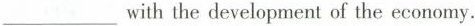
___ with the development of the economy.